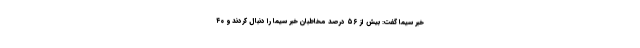
خبر سیما گفت: بیش از ۵۶ درصد مخاطبان خبر سیما را دنبال کردند و ۴۰